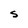
Character: S